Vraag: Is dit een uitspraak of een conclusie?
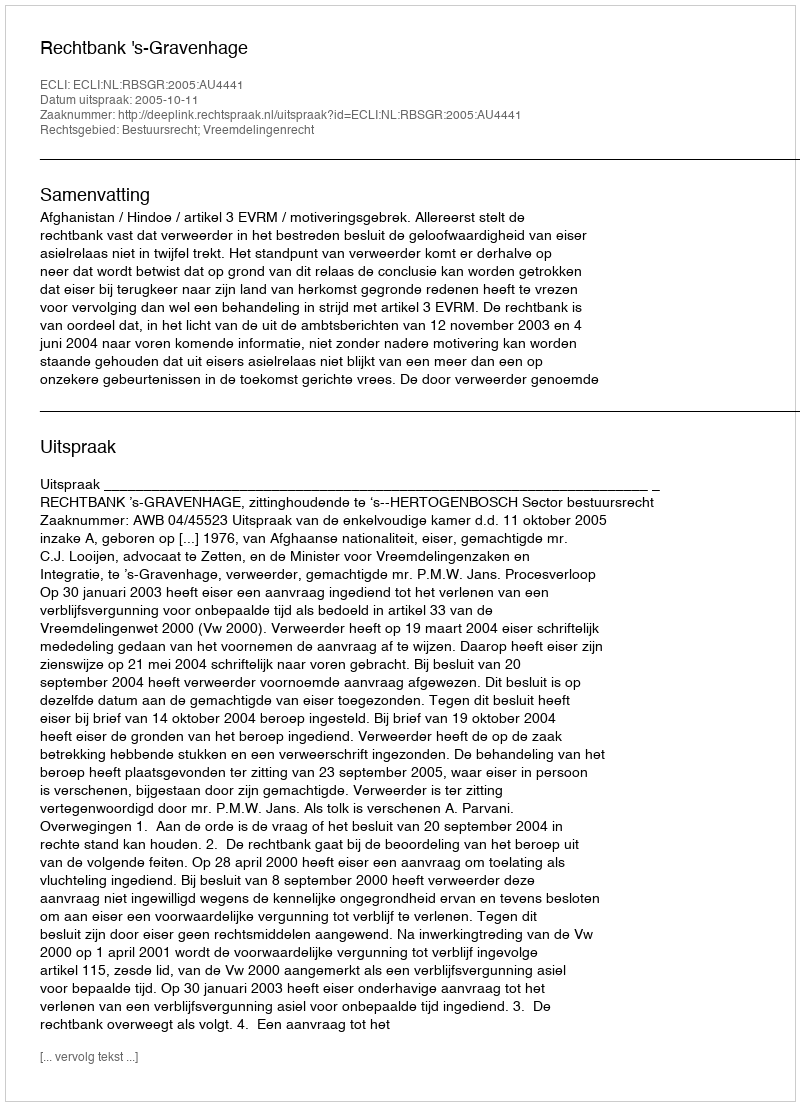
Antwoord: Uitspraak